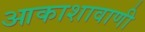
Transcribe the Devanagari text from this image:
आकाशावाणी